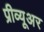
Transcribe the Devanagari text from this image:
प्रीव्यूअर